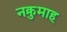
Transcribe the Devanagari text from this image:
नक्रुमाह